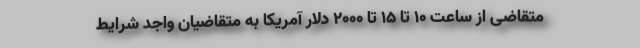
متقاضی از ساعت ۱۰ تا ۱۵ تا ۲۰۰۰ دلار آمریکا به متقاضیان واجد شرایط